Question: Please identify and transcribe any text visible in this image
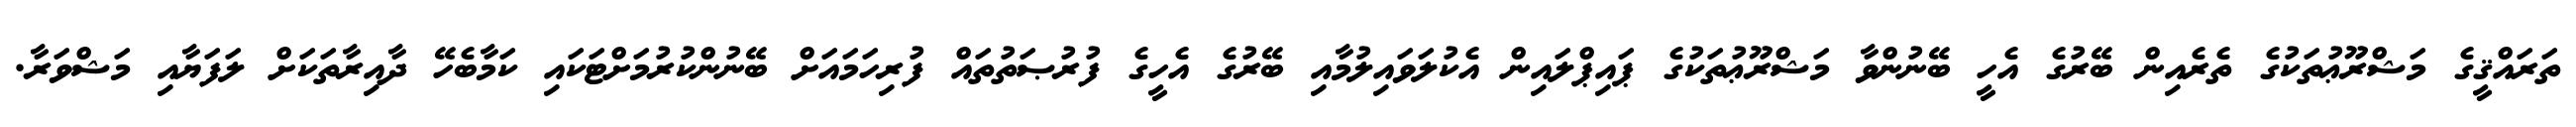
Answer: ތަރައްޤީގެ މަޝްރޫޢުތަކުގެ ތެރެއިން ބޭރުގެ އެހީ ބޭނުންވާ މަޝްރޫޢުތަކުގެ ޕައިޕްލައިން އެކުލަވައިލުމާއި ބޭރުގެ އެހީގެ ފުރުޞަތުތައް ފުރިހަމައަށް ބޭނުންކުރުމަށްޓަކައި ކަމާބެހޭ ދާއިރާތަކަށް ލަފަޔާއި މަޝްވަރާ.